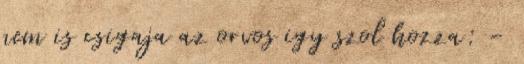
nem is csigaja az orvos igy szol hozza: -